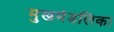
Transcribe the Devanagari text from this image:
मुखमंडलिका